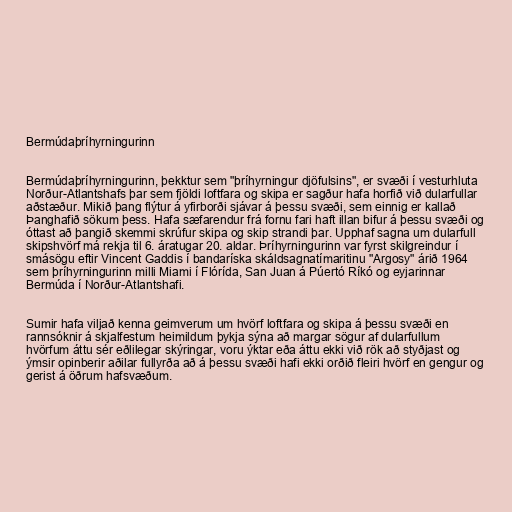
Bermúdaþríhyrningurinn

Bermúdaþríhyrningurinn, þekktur sem "þríhyrningur djöfulsins", er svæði í vesturhluta
Norður-Atlantshafs þar sem fjöldi loftfara og skipa er sagður hafa horfið við dularfullar
aðstæður. Mikið þang flýtur á yfirborði sjávar á þessu svæði, sem einnig er kallað
Þanghafið sökum þess. Hafa sæfarendur frá fornu fari haft illan bifur á þessu svæði og
óttast að þangið skemmi skrúfur skipa og skip strandi þar. Upphaf sagna um dularfull
skipshvörf má rekja til 6. áratugar 20. aldar. Þríhyrningurinn var fyrst skilgreindur í
smásögu eftir Vincent Gaddis í bandaríska skáldsagnatímaritinu "Argosy" árið 1964
sem þríhyrningurinn milli Miami í Flórída, San Juan á Púertó Ríkó og eyjarinnar
Bermúda í Norður-Atlantshafi.

Sumir hafa viljað kenna geimverum um hvörf loftfara og skipa á þessu svæði en
rannsóknir á skjalfestum heimildum þykja sýna að margar sögur af dularfullum
hvörfum áttu sér eðlilegar skýringar, voru ýktar eða áttu ekki við rök að styðjast og
ýmsir opinberir aðilar fullyrða að á þessu svæði hafi ekki orðið fleiri hvörf en gengur og
gerist á öðrum hafsvæðum.